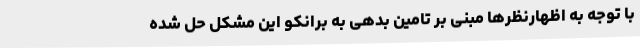
با توجه به اظهارنظرها مبنی بر تامین بدهی به برانکو این مشکل حل شده